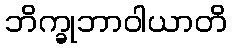
ဘိက္ခုဘာဝါယာတိ